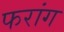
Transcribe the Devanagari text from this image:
फरांग